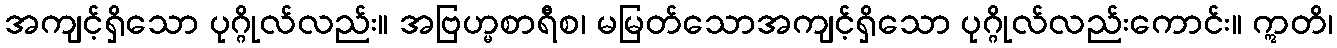
အကျင့်ရှိသော ပုဂ္ဂိုလ်လည်း။ အဗြဟ္မစာရီစ၊ မမြတ်သောအကျင့်ရှိသော ပုဂ္ဂိုလ်လည်းကောင်း။ ဣတိ၊